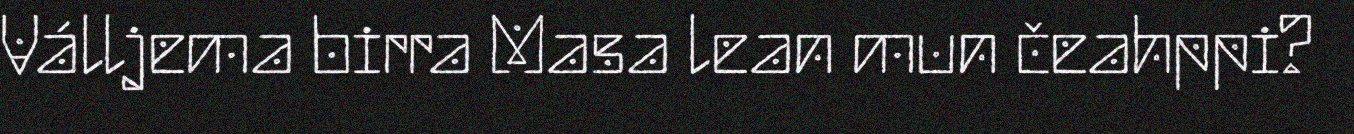
Válljema birra Masa lean mun čeahppi?